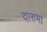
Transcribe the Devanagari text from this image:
दारुमा